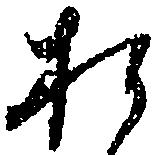
お